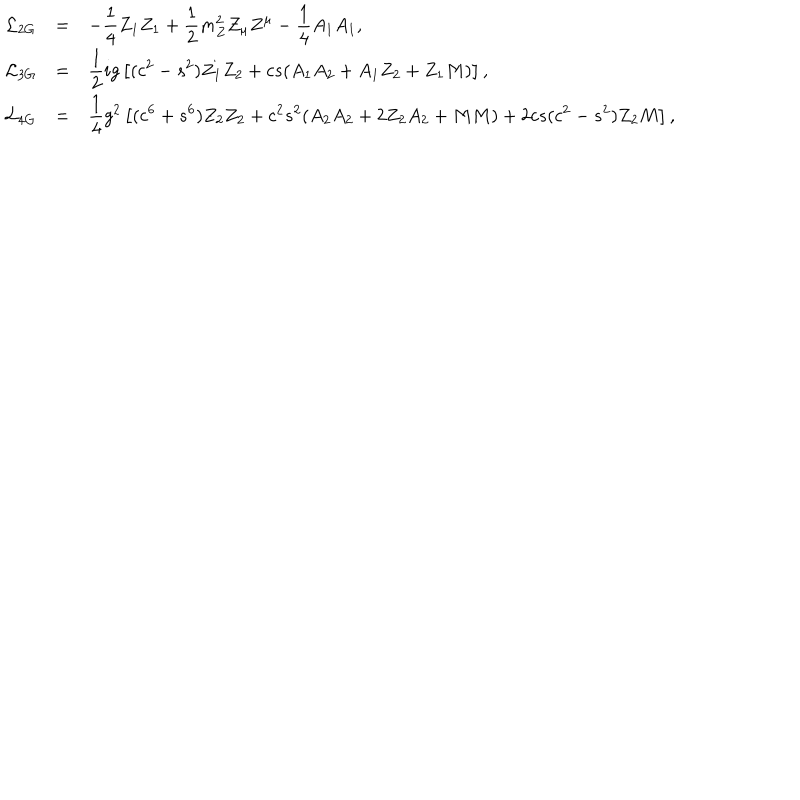
LaTeX: \begin{array} { r c l } { { { \cal L } _ { 2 G } } } & { { = } } & { { \displaystyle - \frac { 1 } { 4 } Z _ { 1 } Z _ { 1 } + \frac { 1 } { 2 } m _ { Z } ^ { 2 } Z _ { \mu } Z ^ { \mu } - \frac { 1 } { 4 } A _ { 1 } A _ { 1 } , } } \\ { { { \cal L } _ { 3 G } } } & { { = } } & { { \displaystyle \frac { 1 } { 2 } i g \left[ ( c ^ { 2 } - s ^ { 2 } ) Z _ { 1 } Z _ { 2 } + c s ( A _ { 1 } A _ { 2 } + A _ { 1 } Z _ { 2 } + Z _ { 1 } M ) \right] , } } \\ { { { \cal L } _ { 4 G } } } & { { = } } & { { \displaystyle \frac { 1 } { 4 } g ^ { 2 } \left[ ( c ^ { 6 } + s ^ { 6 } ) Z _ { 2 } Z _ { 2 } + c ^ { 2 } s ^ { 2 } ( A _ { 2 } A _ { 2 } + 2 Z _ { 2 } A _ { 2 } + M M ) + 2 c s ( c ^ { 2 } - s ^ { 2 } ) Z _ { 2 } M \right] , } } \\ \end{array}